Indian Civil Veterinary Department memoirs
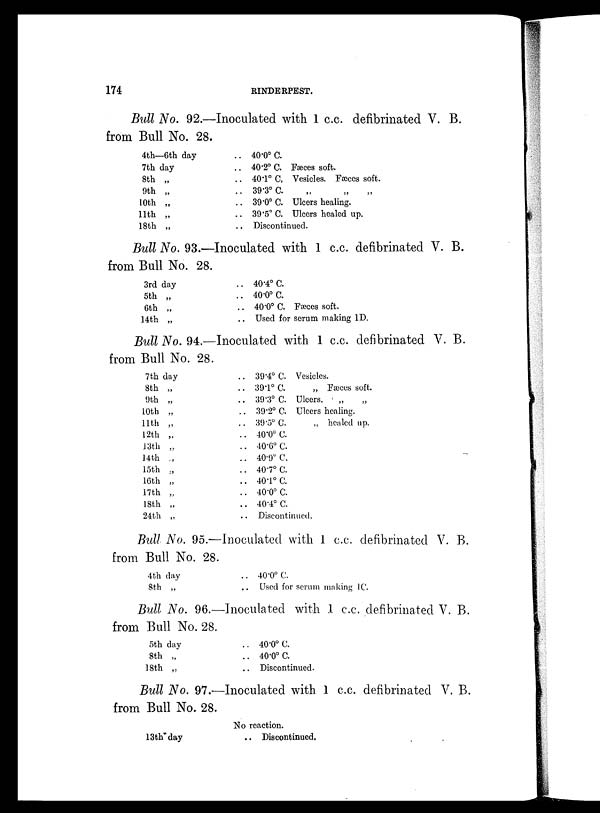
174
RINDERPEST.
Bull No. 92.—Inoculated with 1 c.c. defibrinated V. B.
from Bull No. 28.
4th—6th day
7th day
8th „
9th „
10th „
11th „
18th „
.. 40.0º C.
.. 40.2º C. Fæces soft.
.. 40.1º C, Vesicles. Fæces soft.
.. 39.3º C. „ „ „
.. 39.0º C. Ulcers healing.
.. 39.5º C. Ulcers healed up.
Discontinued.
Bull No. 93.—Inoculated with 1 c.c. defibrinated V. B.
from Bull No. 28.
3rd day
5th „
6th „
14th „
.. 40.4º C.
.. 40.0º C.
.. 40.0º C. Fæces soft.
.. Used for serum making 1D.
Bull No. 94.—Inoculated with 1 c.c. defibrinated V. B.
from Bull No. 28.
7th day
8th „
9th „
10th „
11th „
12th „
13th „
14th „
loth „
16th „
17th „
18th „
24th „
.. 39.4º C. Vesicles.
.. 39.1º C.
„ Fæces soft.
.. 39.3º C. Ulcers.
„ „
.. 39.2º C. Ulcers healing.
.. 39.5º
C.
„ healed up.
.. 40.0º C.
.. 40.6º C.
.. 40.9º C.
.. 40.7º C.
.. 40.1º C.
.. 40.0º C.
.. 40.4º C.
Discontinued.
Bull No. 95.—Inoculated with 1 c.c. defibrinated V. B.
from Bull No. 28.
4th day
8th „
.. 40.0º C.
Used for serum making 1C.
Bull No. 96.—Inoculated with 1 c.c. defibrinated V. B.
from Bull No. 28.
5th day
8th „
18th „
.. 40.0º C.
.. 40.0º C.
.. Discontinued.
Bull No. 97.—Inoculated with 1 c.c. defibrinated V. B.
from Bull No. 28.
13th day
No reaction.
.. Discontinued.